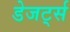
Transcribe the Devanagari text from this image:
डेजर्ट्स